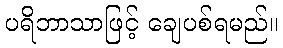
ပရိဘာသာဖြင့် ချေပစ်ရမည်။